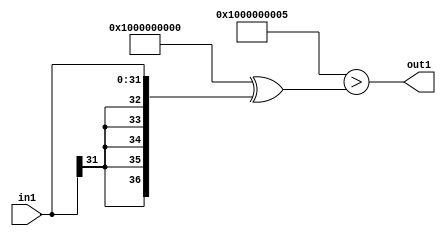
`timescale 1ps / 1ps
/*****************************************************************************
    Verilog RTL Description
    
    
    Created by: Stratus DpOpt 21.05.01 
*******************************************************************************/

module SobelFilter_Lti5s32_1 (
	in1,
	out1
	); /* architecture "behavioural" */ 
input [31:0] in1;
output  out1;
wire  asc001;

assign asc001 = ((37'B1000000000000000000000000000000000000 ^ 37'B0000000000000000000000000000000000101)>(37'B1000000000000000000000000000000000000
    ^ {{5{in1[31]}}, in1}));

assign out1 = asc001;
endmodule

/* CADENCE  uLPzQwo= : u9/ySxbfrwZIxEzHVQQV8Q== ** DO NOT EDIT THIS LINE ******/